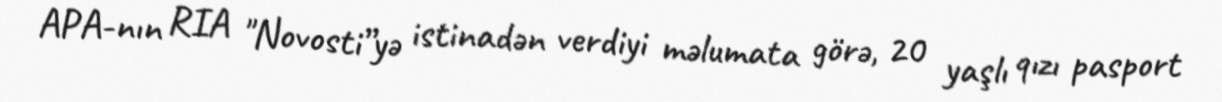
APA-nın RIA "Novosti”yə istinadən verdiyi məlumata görə, 20 yaşlı qızı pasport